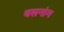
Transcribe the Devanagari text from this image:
वसनांग